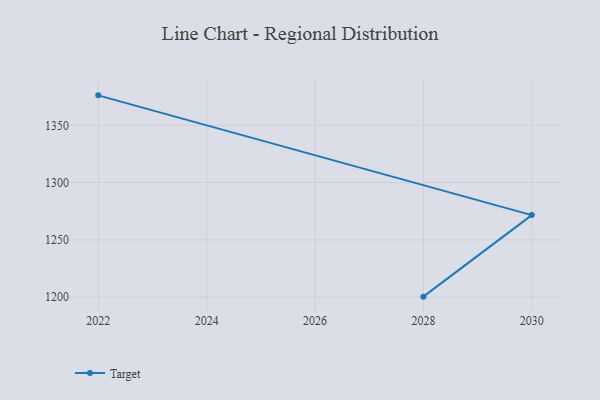
{"axis": {"x": "Year", "y": "Market Share (%)"}, "legend": ["Target"], "data": [{"x": "2028", "y": 1200.2, "type": "Target"}, {"x": "2030", "y": 1271.5, "type": "Target"}, {"x": "2022", "y": 1376.2, "type": "Target"}]}